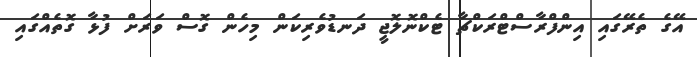
އޭގެ ތެރޭގައި އިންފްރާސްޓްރަކްޗާ ޓެކްނޮލޮޖީ ދަނޑުވެރިކަން މިހެން ގޮސް ވަރަށް ފުޅާ ގޮތެއްގައި